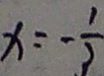
x = - \frac { 1 } { 3 }